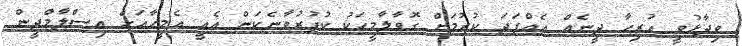
ވިދާޅުވީ ހުރިހާ ދީނެއް އެއްފަދަ ކުރުމަށް ގޮވާލާމީހަކު ކުފުރުވާނެކަން އެއީ އެމީހާއަށް އިސްލާމްދީން